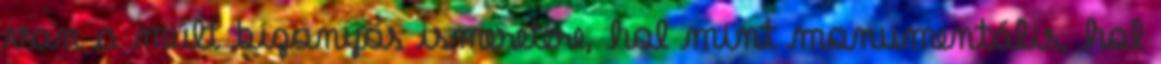
van a múlt bizonyos ismeretére, hol mint monumentális, hol